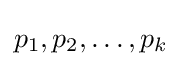
{\textstyle p_{1},p_{2},\dots ,p_{k}}